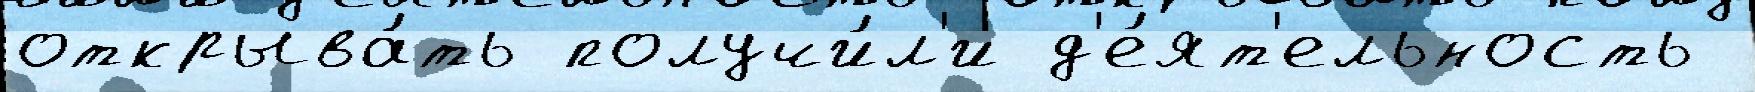
открыва́ть получи́л'и д'е́ят'ельность